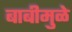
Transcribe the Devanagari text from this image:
बाबीमुळे